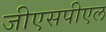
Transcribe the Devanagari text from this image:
जीएसपीएल